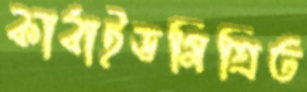
কার্বাইডমিশ্রিত